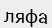
ляфа